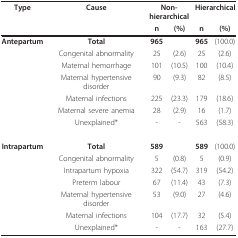
<table><thead><tr><td><b>Type</b></td><td><b>Cause</b></td><td colspan="2"><b>Non-hierarchical</b></td><td colspan="2"><b>Hierarchical</b></td></tr><tr><td></td><td></td><td><b>n</b></td><td><b>(%)</b></td><td><b>n</b></td><td><b>(%)</b></td></tr></thead><tbody><tr><td><b>Antepartum</b></td><td><b>Total</b></td><td><b>965</b></td><td></td><td><b>965</b></td><td>(100.0)</td></tr><tr><td></td><td>Congenital abnormality</td><td>25</td><td>(2.6)</td><td>25</td><td>(2.6)</td></tr><tr><td></td><td>Maternal hemorrhage</td><td>101</td><td>(10.5)</td><td>100</td><td>(10.4)</td></tr><tr><td></td><td>Maternal hypertensive disorder</td><td>90</td><td>(9.3)</td><td>82</td><td>(8.5)</td></tr><tr><td></td><td>Maternal infections</td><td>225</td><td>(23.3)</td><td>179</td><td>(18.6)</td></tr><tr><td></td><td>Maternal severe anemia</td><td>28</td><td>(2.9)</td><td>16</td><td>(1.7)</td></tr><tr><td></td><td>Unexplained*</td><td>-</td><td>-</td><td>563</td><td>(58.3)</td></tr><tr><td><b>Intrapartum</b></td><td><b>Total</b></td><td><b>589</b></td><td></td><td><b>589</b></td><td>(100.0)</td></tr><tr><td></td><td>Congenital abnormality</td><td>5</td><td>(0.8)</td><td>5</td><td>(0.9)</td></tr><tr><td></td><td>Intrapartum hypoxia</td><td>322</td><td>(54.7)</td><td>319</td><td>(54.2)</td></tr><tr><td></td><td>Preterm labour</td><td>67</td><td>(11.4)</td><td>43</td><td>(7.3)</td></tr><tr><td></td><td>Maternal hypertensive disorder</td><td>53</td><td>(9.0)</td><td>27</td><td>(4.6)</td></tr><tr><td></td><td>Maternal infections</td><td>104</td><td>(17.7)</td><td>32</td><td>(5.4)</td></tr><tr><td></td><td>Unexplained*</td><td>-</td><td>-</td><td>163</td><td>(27.7)</td></tr></tbody></table>